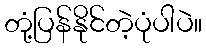
တုံ့ပြန်နိုင်တဲ့ပုံပါပဲ။